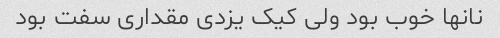
نانها خوب بود ولی کیک یزدی مقداری سفت بود